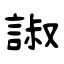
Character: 諔